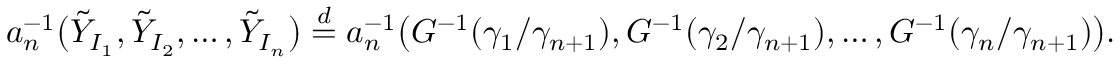
a _ { n } ^ { - 1 } \bigl ( \tilde { Y } _ { I _ { 1 } } , \tilde { Y } _ { I _ { 2 } } , \ldots , \tilde { Y } _ { I _ { n } } \bigr ) \stackrel { d } { = } a _ { n } ^ { - 1 } \bigl ( G ^ { - 1 } ( \gamma _ { 1 } / \gamma _ { n + 1 } ) , G ^ { - 1 } ( \gamma _ { 2 } / \gamma _ { n + 1 } ) , \ldots , G ^ { - 1 } ( \gamma _ { n } / \gamma _ { n + 1 } ) \bigr ) .